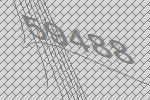
59488